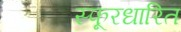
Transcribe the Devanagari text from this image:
स्फूरधारित